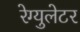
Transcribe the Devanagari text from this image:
रेग्‍युलेटर